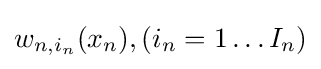
w_{n,i_{n}}(x_{n}),(i_{n}=1\ldots I_{n})